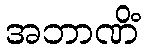
အဘာဏိံ